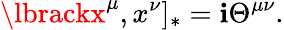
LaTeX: \lbrackx^{\mu},x^{\nu}]_{*}=\mathbf{i}\Theta^{\mu\nu}.